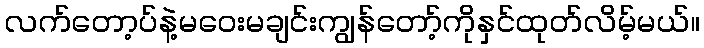
လက်တော့ပ်နဲ့မဝေးမချင်းကျွန်တော့်ကိုနှင်ထုတ်လိမ့်မယ်။